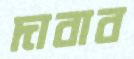
দাবাব